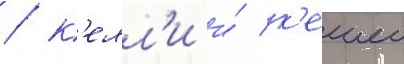
/ к'елл'и и́ к'ешеи